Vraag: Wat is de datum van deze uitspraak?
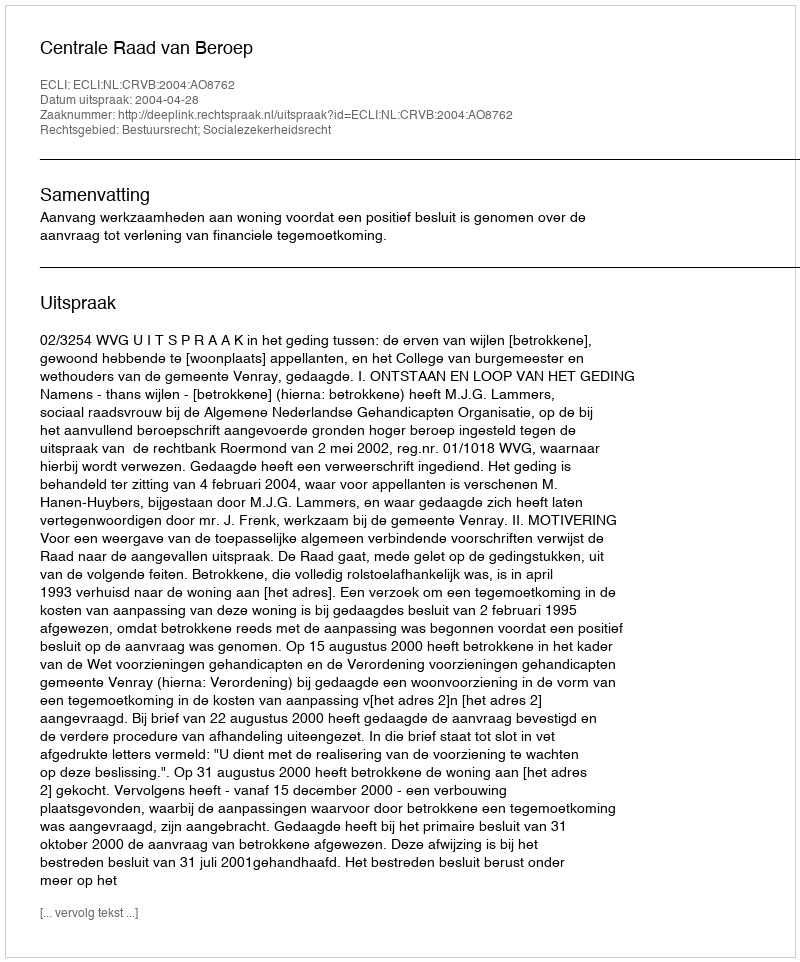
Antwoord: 2004-04-28